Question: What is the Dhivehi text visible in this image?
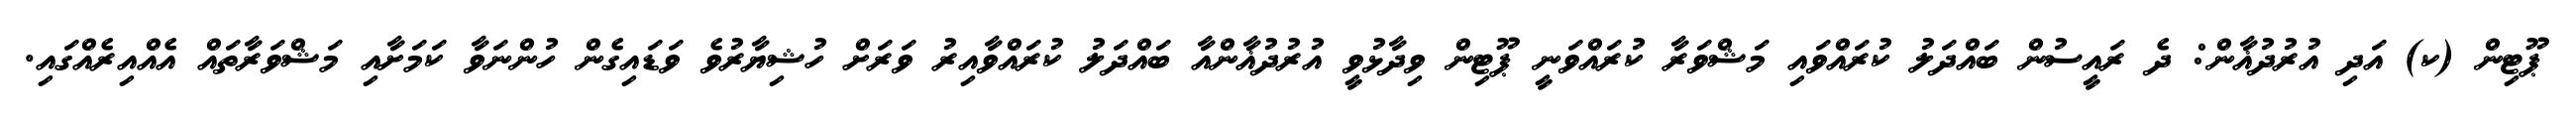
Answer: ޕޫޓިން (ކ) އަދި އުރުދުޣާން: ދެ ރައީސުން ބައްދަލު ކުރައްވައި މަޝްވަރާ ކުރައްވަނީ ޕޫޓިން ވިދާޅުވީ އުރުދުޣާންއާ ބައްދަލު ކުރައްވާއިރު ވަރަށް ހުޝިޔާރުވެ ވަޑައިގެން ހުންނަވާ ކަމަށާއި މަޝްވަރާތައް އެއްއިރެއްގައި.